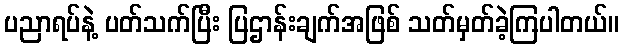
ပညာရပ်နဲ့ ပတ်သက်ပြီး ပြဌာန်းချက်အဖြစ် သတ်မှတ်ခဲ့ကြပါတယ်။